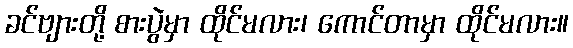
ခင်ဗျားတို့ စားပွဲမှာ ထိုင်မလား၊ ကောင်တာမှာ ထိုင်မလား။